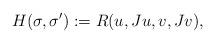
LaTeX: \begin{align*}H(\sigma, \sigma') := R(u, Ju, v, Jv),\end{align*}